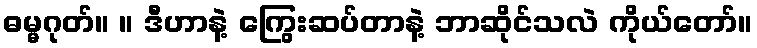
ဓမ္မဂုတ်။ ။ ဒီဟာနဲ့ ကြွေးဆပ်တာနဲ့ ဘာဆိုင်သလဲ ကိုယ်တော်။